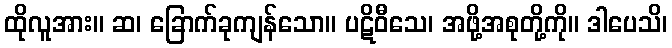
ထိုလူအား။ ဆ၊ ခြောက်ခုကျန်သော။ ပဋိဝီသေ၊ အဖို့အစုတို့ကို။ ဒါပေသိ၊